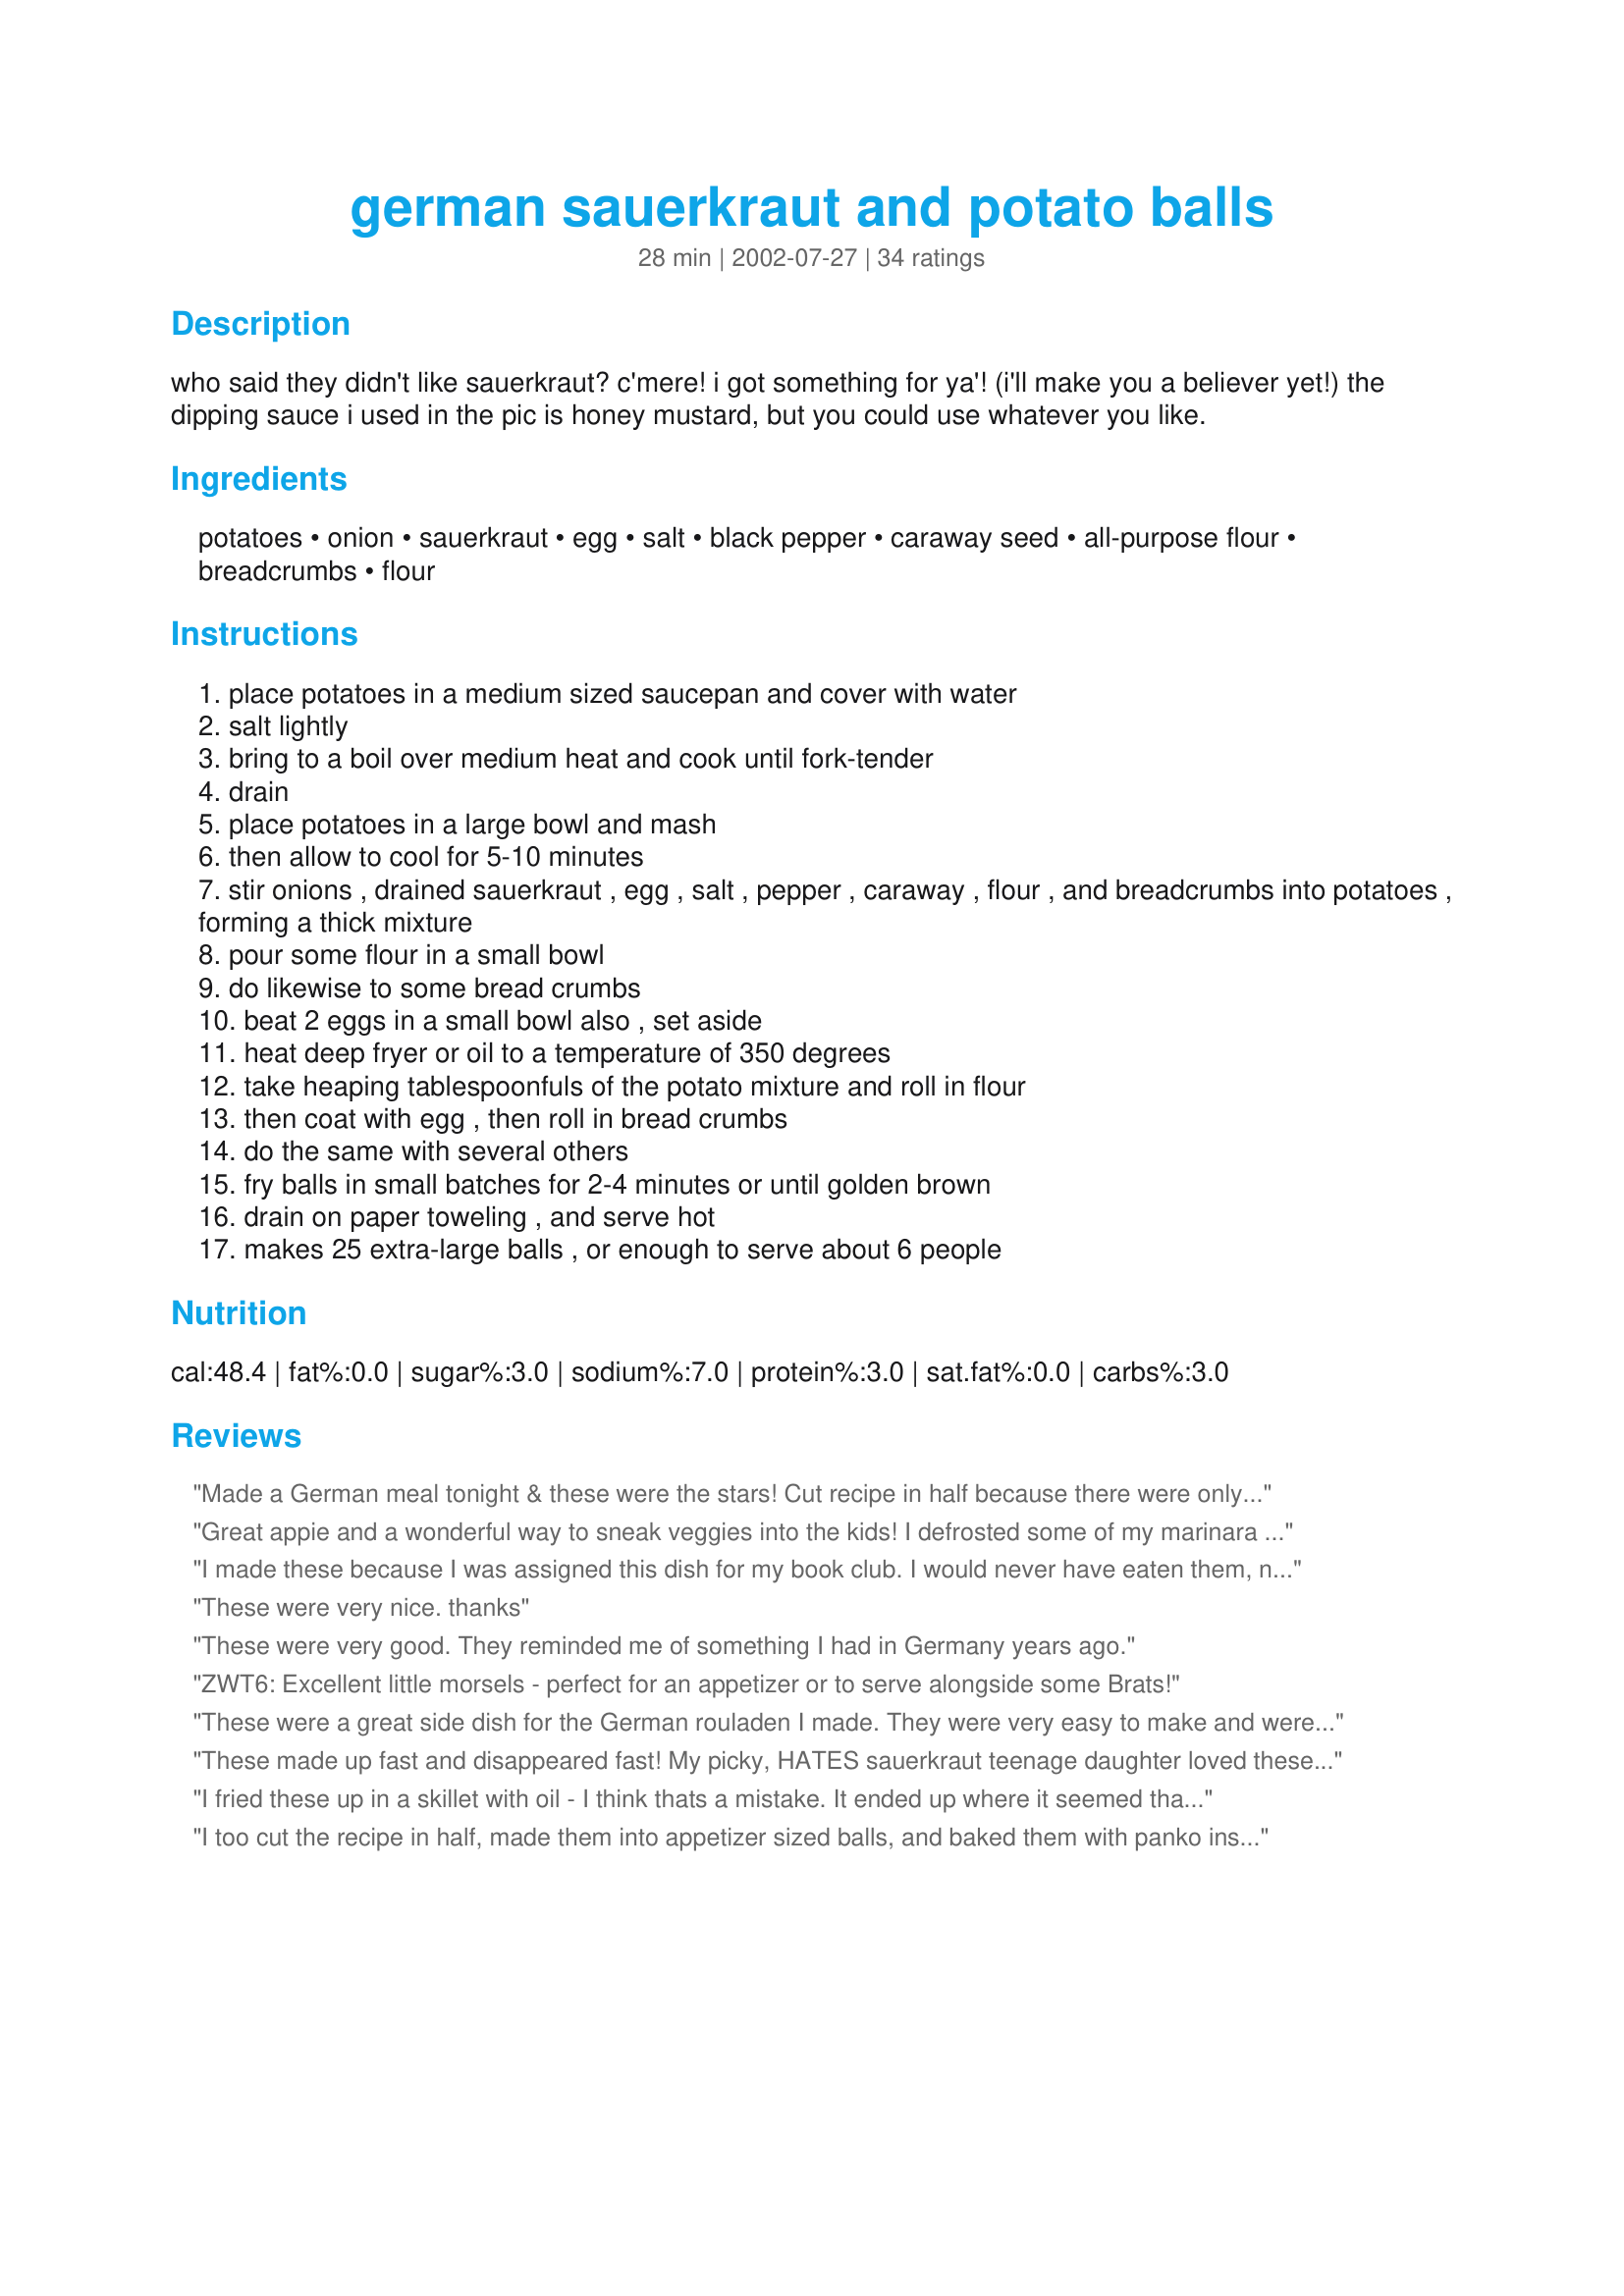
german sauerkraut and potato balls
Preparation time: 28 minutes

who said they didn't like sauerkraut? c'mere! i got something for ya'! (i'll make you a believer yet!) the dipping sauce i used in the pic is honey mustard, but you could use whatever you like.

Ingredients:
potatoes, onion, sauerkraut, egg, salt, black pepper, caraway seed, all-purpose flour, breadcrumbs, flour

Steps:
place potatoes in a medium sized saucepan and cover with water
salt lightly
bring to a boil over medium heat and cook until fork-tender
drain
place potatoes in a large bowl and mash
then allow to cool for 5-10 minutes
stir onions , drained sauerkraut , egg , salt , pepper , caraway , flour , and breadcrumbs into potatoes , forming a thick mixture
pour some flour in a small bowl
do likewise to some bread crumbs
beat 2 eggs in a small bowl also , set aside
heat deep fryer or oil to a temperature of 350 degrees
take heaping tablespoonfuls of the potato mixture and roll in flour
then coat with egg , then roll in bread crumbs
do the same with several others
fry balls in small batches for 2-4 minutes or until golden brown
drain on paper toweling , and serve hot
makes 25 extra-large balls , or enough to serve about 6 people

Reviews:
Made a German meal tonight & these were the stars! Cut recipe in half because there were only four of us. Easy but a little time consuming. Will make again.
Great appie and a wonderful way to sneak veggies into the kids! I defrosted some of my marinara for the dipping sauce, and we had German/Italian fusion! Made 1/2 recipe (it scales down beautifully) for the Tour, 2008.
I made these because I was assigned this dish for my book club. I would never have eaten them, never mind made them otherwise. I don't really care for sauerkraut. AMAZING! I also used a honey mustard dip, and left out the caraway, because I didn't have any, and never use it, so I didn't want to buy it just for this dish, I thought they were awesome, and so did everyone at book club. Many people commented that they don't like sauerkraut, but loved these. I made them about 2 hours ahead and just kept them warm in the oven until served. Thanks for a great recipe Sue!
These were very nice. thanks
These were very good. They reminded me of something I had in Germany years ago.
ZWT6: Excellent little morsels - perfect for an appetizer or to serve alongside some Brats!
These were a great side dish for the German rouladen I made. They were very easy to make and were extremely tasty. We'll def. be making these again. Oh, and if you don't have breadcrumbs, I suggest just taking some flavored croutons and finely crushing them. We had "ranch" flavored croutons, and they added great flavor.
These made up fast and disappeared fast! My picky, HATES sauerkraut teenage daughter loved these! I mixed mayonnaise and sweet hot mustard for the dipping sauce. I also used Panko bread crumbs which made the outside extra crispy and light. These are fast, cheap and delicious - definitely a keeper recipe!
I fried these up in a skillet with oil - I think thats a mistake. It ended up where it seemed that the outsides were cooked (if not burnt!) and then the inside was almost cold. Im sure adjusting the heat could have fixed that a little. I didnt really care for them, but both my bf and his dad (lived in germany) loved them. And they worked better frying as small patties (I know thats not authentic) in the skillet because the oil only went so high.
I too cut the recipe in half, made them into appetizer sized balls, and baked them with panko instead of bread crumbs (just what I had). They freeze really well and can just be popped in the toaster oven when needed.
These are great. I make them every year for New Years. My husband and I think they are awesome. Love the crispness on the outside and creaminess of the potatoes on the inside. The kids even eat them.
You were not kidding about these...very tasty! My husband was skeptical, but they were a big hit! We were fighting over who got the last one. I rinsed the sauerkraut in water before mixing, to cut down the "sour" flavor for our pickier guests. Also, we cooked in less oil and flipped the balls over after they were cooked on one side. This was a great recipe! thanks!
VEry good! I ddint' want to deep fry (too expensive to use all that oil) so i made patties instead of balls and used half the amount of oil. Used half shortening h alf bacon fat. Superp!
SOOPERB!!!!!
What a great way to disguise mashed taters!
These little gems are sooooooo good and so easy to throw together.
Made these to go with Karen Monahan's "Meat Cakes", #32973. YUM!
Cut the ingredients in 1/2 and still had lots of "Balls" to go around!
Thanks so much for sharing.
Laudee C.
These were excellent! They go really good with Recipe #194174. We will be making them again. Thanks for the recipe.
Wanted something a little different for New Years as we always have sauerkraut over mashed potatoes and found this recipe. This combines both those flavors and the outcome is delicious!! Served alongside a pork roast; this will be our new tradition for the holiday along with any other time we crave these which I think will be often. I did forget to put onion in, but still delicious.<br/>Thank you Sue Lau for posting this recipe.
These are very good.
I belong to a local homebrew club (yes we make beer) and we had our annual Oktoberfest.
I served these with different types of mustards, mmmmmm. Everybody thought these were very good! My wife thinks these will pair well with her Rouladens.
Next time I will try the cheese core also.
Thanks.
Excellent recipe, though I substituted matzo meal for the breadcrumbs.
Made these as an appetizer for a German themed Gourmet club and they were really tasty! Served with Onion Dressing and Honey and Mustard and both dips went really well!
These were great and very easy to make. My guests ALL raved about them. They are kind of like potato pancakes in a ball, but better. I served them with a sour cream dip I made up with fresh chives and other herbs from my garden. Recipe makes more like 50 balls unless you make them the size of softballs, but they didn't go to waste.
I found this for my oktoberfest party. I did a dummy run, doing the recipe as it was and it was good. For the party I roughly doubled all the spices, probably more for the caraway seeds and I added freshly grated parmesan - maybe 2 tablespoons. I also used a combination of fresh and dried breadcrumbs. And they were really great - both the flavour and the texture I thought had some real wow factor. Everyone enjoyed them a lot.
Everyone in the family loved these! Picky little girl didn&#039;t even know there was sauerkraut in them! ;) May make them a tad smaller next time for more crunch. Had all ingredients on hand too. Went great with our homemade sausage. Excellent dipped in mustard, ranch, bbq sauce, or ketchup or just plain! thanks sharing!!
Loved these little balls. I made half a recipe for the two of us and only had two leftover by the time DH was finished. I put my potatoes through a ricer instead of mashing and was very quick. Very filling and went great with Pork Schnitzel.
Very good. Will make again & again. The whole family gobbled them up.
These were just ok. I love sauerkraut and I love mashed potates. I think I made these too large, however, as they came out really dry in the middle, so possibly that's what messed them up. I fried them in a deep fryer. I only made up half the batch and froze the rest, so next time I will try making them smaller and see if that helps.
One word: YUM! These are super delicious. I'd never even heard of these before making this recipe, but what a great way to use sauerkraut! The outside is gorgeously crisp and the inside is so soft. These are seriously addictive!
I loved these! They held together really well and were so tasty and filling. I didn't have any caraway seeds on hand, but made the rest of the recipe as directed. We ate them with honey mustard, as other reviewers have suggested, and I was surprised at how well they went together. Thanks for the recipe!
I made these for a Super Bowl party and everyone loved them. Very flavorful and so different!
I served them with a habanero and honey mustard. SO delish!
These were terrific and so easy! A huge hit at our Russian drinking party. I served them with plain sour cream and it really added to the subtle flavourings of the balls. I will be making them again, but next time I'm going to try putting the mixture around a little core of cheese for an added zing!
These were fabulous. I made them for a German themed dinner and guests couldn't stop eating them. The recipe makes a lot, so we brought some to another party the next night, and people just loved them. I think they should be served with a sour cream based dip, because the mustard is a bit overpowering for the delicate flavors of the balls. Thank you for your recipe.
THESE WERE AWESOME!! My entire family (even the kids) loved them! My kids asked for them the following night but my husband ate them for lunch!
Amazing! My cooking club loved it at the German food night. Caraway seeds really make this recipe come together. Everyone loved it!
Jessica S.
yummy! made these with (gasp) instant mashed potatoes! I used my ice cream scoop to make large balls. I took them to our "German themed Christmas Dinner" and everyone loved them (we ended up calling them German hush puppies)! Thanks Sue L!
We were going to an Oktoberfest birthday party so I needed something hardy and reminded me of fall. My mom is from the Czech Republic so we grew up on saurkraut and potato meals.&lt;br/&gt;When I saw these I had to give them a try. They were great! My husband was a little leary of trying them but once my daughter ate one and said &quot;oh my God&quot; those are great he had to try one as well. They were a big hit at the party. My husband made a special concoction of mustards as a dipping sauce. They are a lot of work and messy to make but it was worth the mess!
